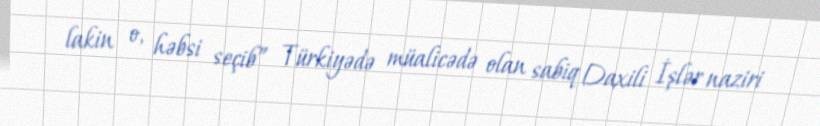
lakin o, həbsi seçib” Türkiyədə müalicədə olan sabiq Daxili İşlər naziri